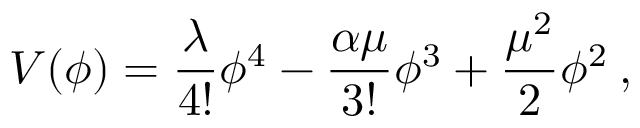
V ( \phi ) = \frac { \lambda } { 4 ! } \phi ^ { 4 } - \frac { \alpha \mu } { 3 ! } \phi ^ { 3 } + \frac { \mu ^ { 2 } } { 2 } \phi ^ { 2 } \: ,